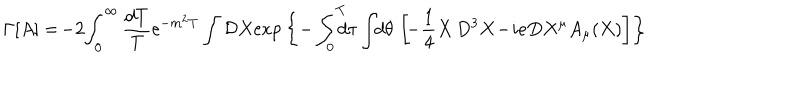
\Gamma \lbrack A \rbrack = \! - 2 \! \int _ { 0 } ^ { \infty } { \frac { d T } { T } } \mathrm { e } ^ { - m ^ { 2 } T } \int { \cal D } X \mathrm { e x p } \left\{ - \int _ { 0 } ^ { T } \! \! \! \! d \tau \int \! \! d \theta \, \left[ \! - { \frac { 1 } { 4 } } X \, D ^ { 3 } X \! - \! i e D X ^ { \mu } A _ { \mu } ( X ) \right] \right\}